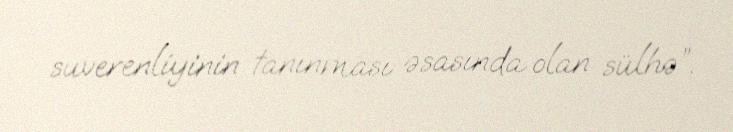
suverenliyinin tanınması əsasında olan sülhə”.